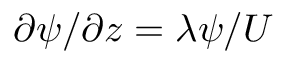
{ \partial \psi } / { \partial z } = \lambda \psi / U